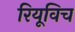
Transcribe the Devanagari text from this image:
रियूविच